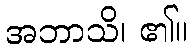
အဘာသိ၊ ၏။